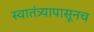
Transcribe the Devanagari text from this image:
स्वातंत्र्यापासूनच